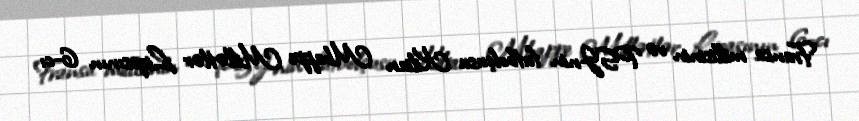
Fransa millisinin və PSJ-nin futbolçusu Kilian Mbappe Millətlər Liqasının 6-cı